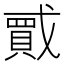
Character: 𫼇